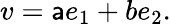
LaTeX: v=\mathsf{a}e_{1}+be_{2}.